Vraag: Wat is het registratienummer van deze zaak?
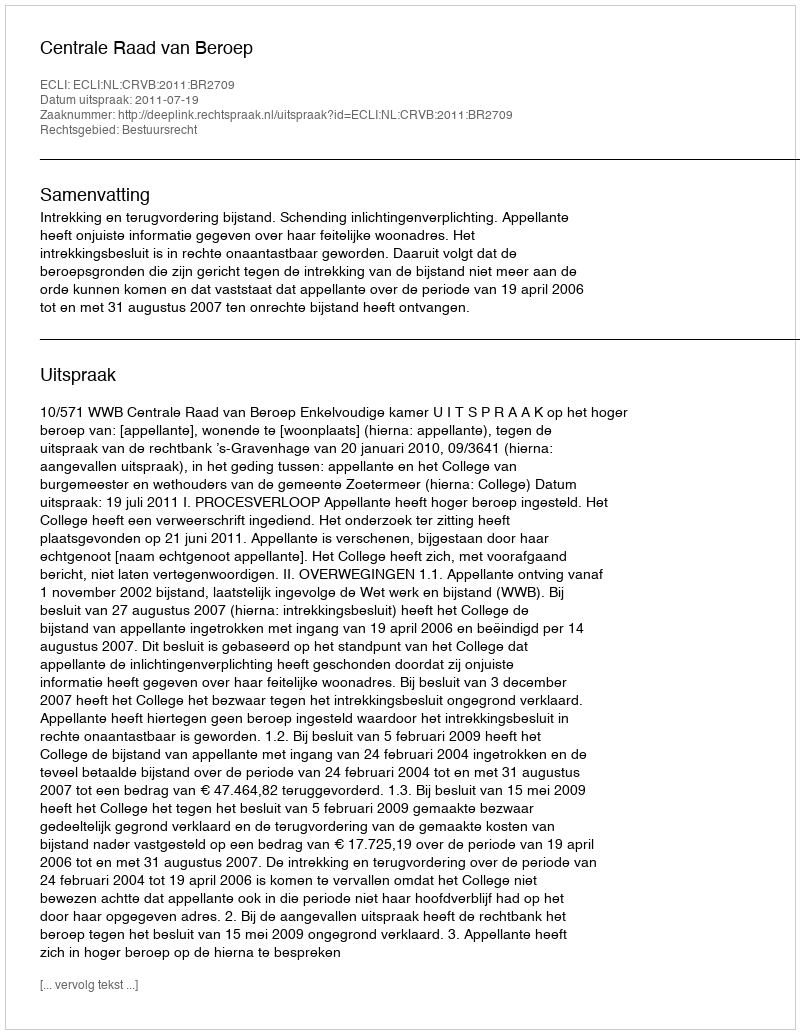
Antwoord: http://deeplink.rechtspraak.nl/uitspraak?id=ECLI:NL:CRVB:2011:BR2709